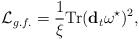
\begin{align*}{\cal L}_{g.f.} = \frac{1}{\xi} {\rm Tr} ( {\bf d}_{t} \omega^{\star})^2,\end{align*}